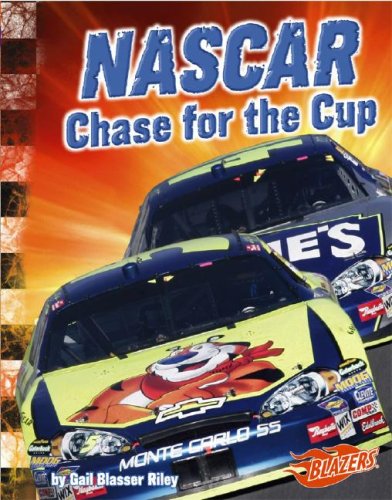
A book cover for NASCAR Chase for the Cup (The World of NASCAR); Gail B. Riley; Children's Books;